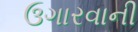
ઉગારવાની